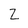
Character: Z